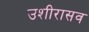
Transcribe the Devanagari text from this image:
उशीरासव